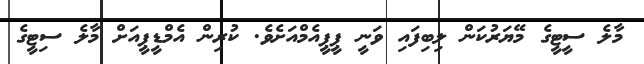
މާލެ ސީޓީގެ މޭޔަރުކަން ލިބިފައި ވަނީ ޕީޕީއެމްއަށެވެ. ކުރިން އެމްޑީޕީއަށް މާލެ ސިޓީގެ